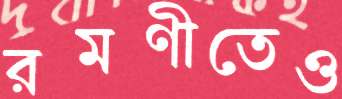
রমণীতেও